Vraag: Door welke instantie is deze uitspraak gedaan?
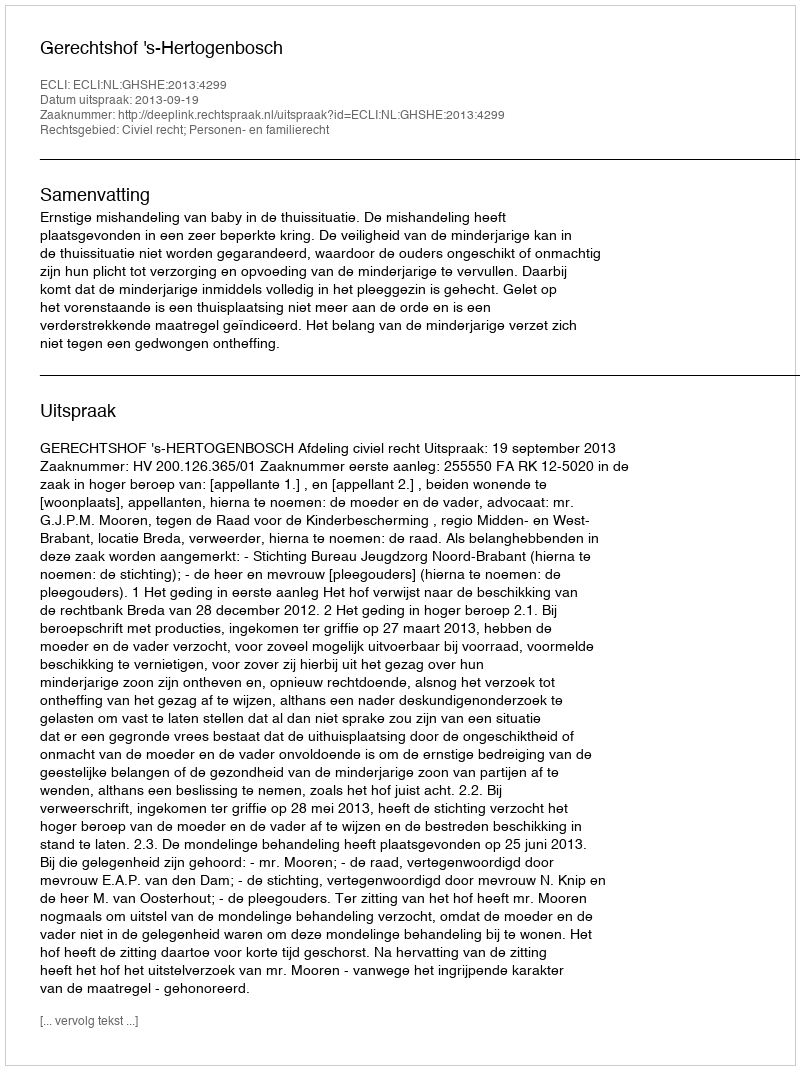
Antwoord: Gerechtshof 's-Hertogenbosch